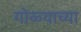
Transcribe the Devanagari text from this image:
गोळ्याच्या